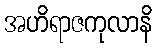
အဟိရာဇကုလာနိ